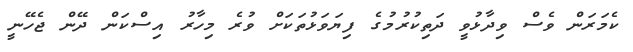
ކެމަރަން ވެސް ވިދާޅުވީ ދަތިކުރުމުގެ ފިޔަވަޅުތަކަށް ވުރެ މިހާރު އިސްކަން ދޭން ޖެހޭނީ